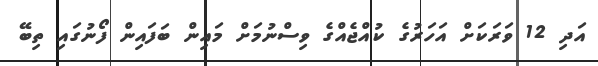
އަދި 12 ވަރަކަށް އަހަރުގެ ކުއްޖެއްގެ ވިސްނުމަށް މައިން ބަފައިން ފޯނުގައި ތިބޭ